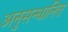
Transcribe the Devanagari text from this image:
अनुसन्‍धानित